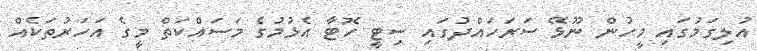
އުލިގަމުގައި މީހުން ނޫޅޭ ސަރަހައްދުގައި ސިޓީ ހޮޓާ އެޅުމުގެ މަސައްކަތް މީގެ އަހަރުތަކެއް